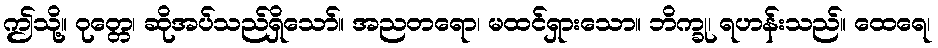
ဤသို့။ ဝုတ္တေ၊ ဆိုအပ်သည်ရှိသော်။ အညတရော၊ မထင်ရှားသော။ ဘိက္ခု၊ ရဟန်းသည်။ ထေရေ၊